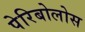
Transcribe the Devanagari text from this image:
पेरिबोलोस